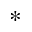
^ \ast